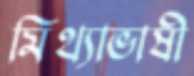
মিথ্যাভাষী